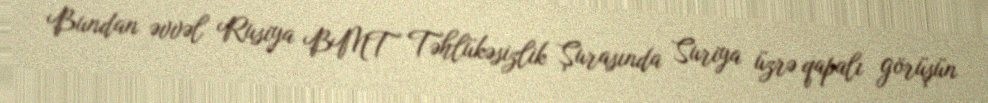
Bundan əvvəl Rusiya BMT Təhlükəsizlik Şurasında Suriya üzrə qapalı görüşün